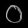
Digit: ၀